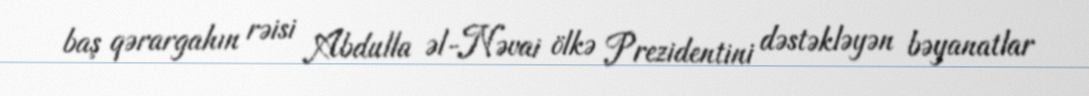
baş qərargahın rəisi Abdulla əl-Nəvai ölkə Prezidentini dəstəkləyən bəyanatlar